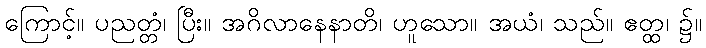
ကြောင့်။ ပညတ္တံ၊ ပြီး။ အဂိလာနေနာတိ၊ ဟူသော။ အယံ၊ သည်။ ဧတ္ထ၊ ၌။